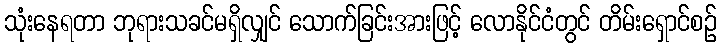
သုံးနေရတာ ဘုရားသခင်မရှိလျှင် သောက်ခြင်းအားဖြင့် လောနိုင်ငံတွင် တိမ်းရှောင်စဉ်